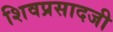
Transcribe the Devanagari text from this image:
शिवप्रसादजी